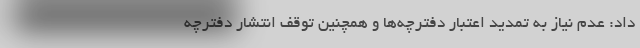
داد: عدم نیاز به تمدید اعتبار دفترچه‌ها و همچنین توقف انتشار دفترچه